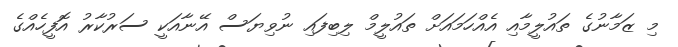
މި ޒަމާނުގެ ތައުލީމާއި އެއްހަމައަށް ތައުލީމް ލިބިފައި ނުވިޔަސް އޭނާއަކީ ސަރުކާރު އޮފީހެއްގެ